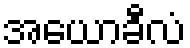
အယောခီလံ